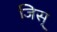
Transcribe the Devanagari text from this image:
जिस्